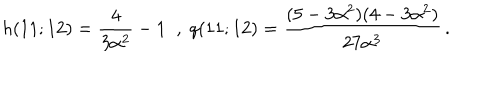
h ( 1 1 ; 1 2 ) = \frac 4 { 3 \alpha ^ { 2 } } - 1 \; \; , \; q ( 1 1 ; 1 2 ) = \frac { ( 5 - 3 \alpha ^ { 2 } ) ( 4 - 3 \alpha ^ { 2 } ) } { 2 7 \alpha ^ { 3 } } \, .